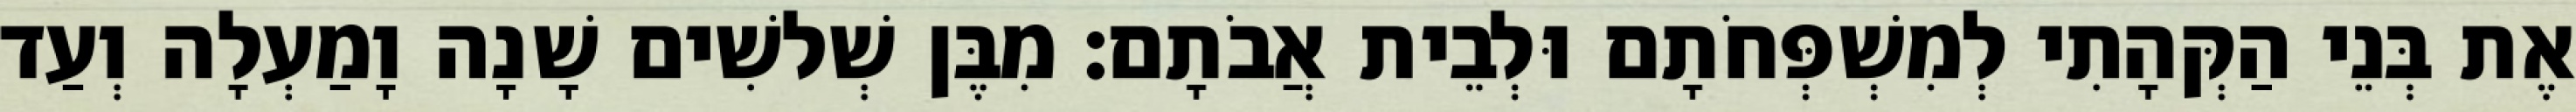
אֶת בְּנֵי הַקְּהָתִי לְמִשְׁפְּחֹתָם וּלְבֵית אֲבֹתָם׃ מִבֶּן שְׁלשִׁים שָׁנָה וָמַעְלָה וְעַד